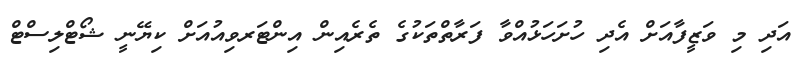
އަދި މި ވަޒީފާއަށް އެދި ހުށަހަޅުއްވާ ފަރާތްތަކުގެ ތެރެއިން އިންޓަރވިއުއަށް ކިޔޭނީ ޝޯޓްލިސްޓް